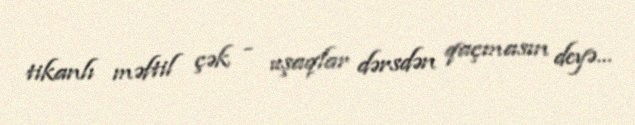
tikanlı məftil çək - uşaqlar dərsdən qaçmasın deyə...